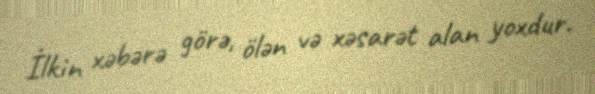
İlkin xəbərə görə, ölən və xəsarət alan yoxdur.